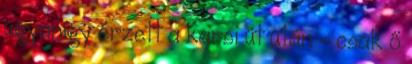
ugyanígy érzett a karsi út után – csak ő